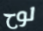
لوح